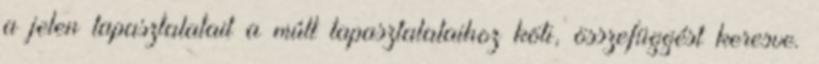
a jelen tapasztalatait a múlt tapasztalataihoz köti, összefüggést keresve.